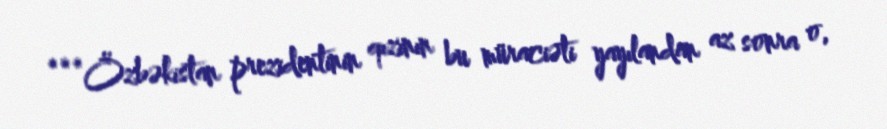
***Özbəkistan prezidentinin qızının bu müraciəti yayılandan az sonra o,